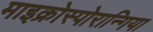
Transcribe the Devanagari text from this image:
माइक्रोस्पोरान्गिया